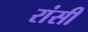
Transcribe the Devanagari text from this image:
रांसी